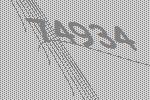
74934